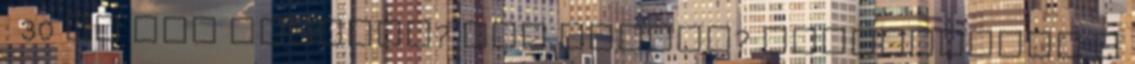
: 30 kg Nem találja? Ezt keresi? adatkezelés A